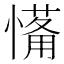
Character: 𱟉